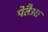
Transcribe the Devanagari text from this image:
पेतैआ